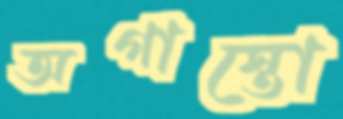
অগাস্তো